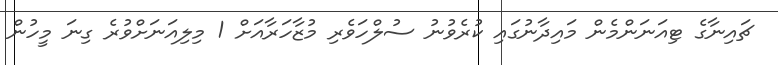
ޗައިނާގެ ޓިއަނަންމެން މައިދާނުގައި ކުރެވުނު ސުލްހަވެރި މުޒާހަރާއަށް 1 މިލިއަނަށްވުރެ ގިނަ މީހުން